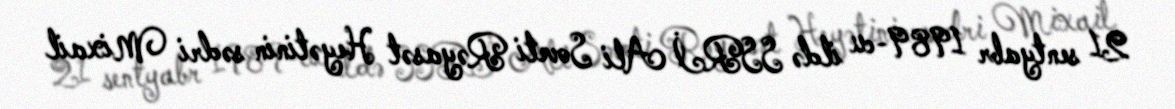
21 sentyabr 1989-cu ildə SSRİ Ali Soveti Rəyasət Heyətinin sədri Mixail